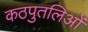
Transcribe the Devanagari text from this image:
कठपुतलिओं